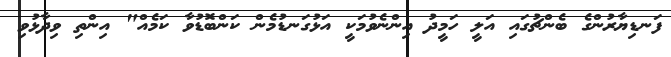
ފަނޑިޔާރުންގެ ބެންޗުގައި އަލީ ހަމީދު އިންނެވުމަކީ އަޅުގަނޑުމެން ކަންބޮޑުވާ ކަމެއް" އިންތި ވިދާޅުވި